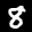
Label: 8